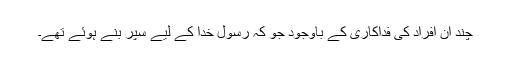
چند ان افراد کی فداکاری کے باوجود جو کہ رسول خدا کے لیے سپر بنے ہوئے تھے۔